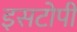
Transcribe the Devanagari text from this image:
इसटोपी